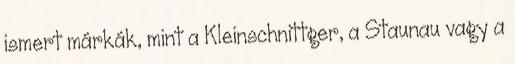
ismert márkák, mint a Kleinschnittger, a Staunau vagy a